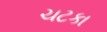
ચટકા